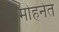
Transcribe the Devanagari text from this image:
मोहनेत